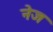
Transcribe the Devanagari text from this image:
नेज